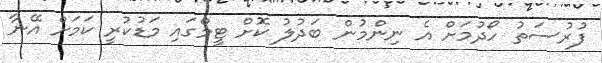
ފުރުސަތު ހޯދުމަށް އެ ނިންމުން ބަދުލު ކޮށް ޓީމްގައި މަޑުކުރީ ކަމަށް އޭނާ